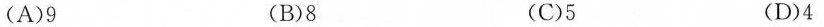
(A)9 (B)8 (C)5 (D)4